system: You are a helpful assistant.
user:
Analyze the provided spectrum to determine if it is a **S-type Star**.

- **Key Indicators for S-type Star:**

    - **(Overall Spectrum Shape):** The first and most obvious characteristic is the overall continuum (the "baseline" shape). It is **extremely "red-sloping,"** meaning the flux (light intensity) is very low on the left side (blue, ~4000-4500 Å) and rises steeply and continuously toward the right side (red, ~7000 Å+).

    - **(Primary):** The spectrum is defined by the presence of strong, broad molecular absorption "valleys" (bands) from **Zirconium Oxide (ZrO)**. The identification of these bands is the **primary requirement** for classifying a star as S-type.
        - **(Key Bandheads):** You must find distinct, deep "dips" where the light has been absorbed. The most critical band systems to locate are:
            - **~6474 Å** ($\gamma$-system): This is often the strongest and clearest ZrO feature, found in the red part of the spectrum.
            - **~5718 Å** & **~5551 Å** ($\beta$-system): A pair of prominent absorption features in the yellow-orange part of the spectrum.
            - **~4640 Å** ($\alpha$-system): A key absorption band system in the blue-green region of the spectrum.

    - **(Secondary Confirmation):** The classification is strengthened by finding additional absorption bands from other related heavy element oxides, which are expected to be present alongside ZrO.
        - **(Key Bandheads):**
            - **Yttrium Oxide (YO):** Look for absorption dips near **~4800 Å** and **~6100 Å**.
            - **Lanthanum Oxide (LaO):** Additional absorption features, particularly in the red-orange part of the spectrum, are also characteristic.

    - **(Line Profile):** The combination of the steep red continuum and these numerous, deep molecular bands (ZrO, YO, etc.) gives the entire spectrum a very **"chopped-up"** or **"bumpy"** appearance. Instead of a smooth curve, the spectrum looks as though large, wide chunks of light have been "carved out" of it at the specific wavelengths listed above.

Think first, call **spectral_visualization_tool** if needed to examine features in detail, then provide your final answer. Your response must adhere to the following strict rules:
1.  **Overall Structure:** Your response must follow the format `<think>...</think> <tool_call>...</tool_call> (if a tool is used) <answer>...</answer>`.
2.  **Tool Usage Constraint:** You may only make **one** tool call per turn.
3.  **Final Answer Format:** In the `<answer>` tag, your conclusion must be inside a `\boxed{}` command (e.g., `\boxed{YES}` or `\boxed{NO}`), followed by your justification.

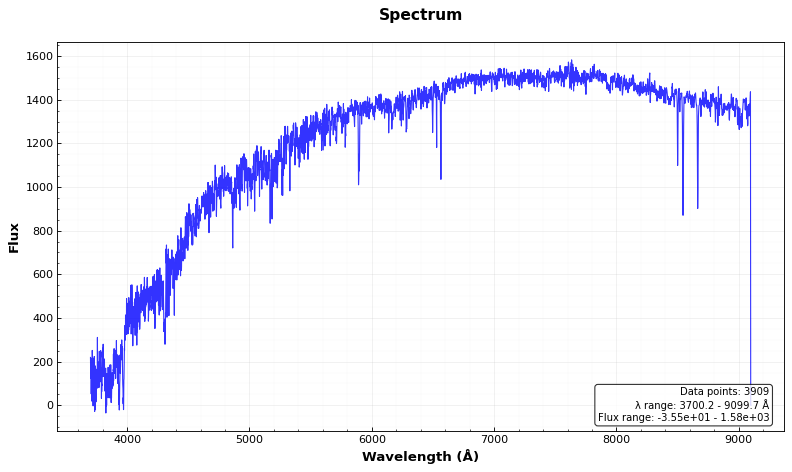
Answer: NO